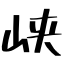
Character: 峡